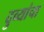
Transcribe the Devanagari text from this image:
दुव्यांचा